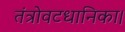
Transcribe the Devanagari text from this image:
तंत्रोवटधानिका।